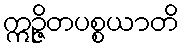
ဣဉ္ဇိတပစ္စယာတိ